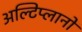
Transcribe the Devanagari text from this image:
अल्टिप्लानों